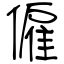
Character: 僱